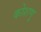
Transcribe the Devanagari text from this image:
कोशणु